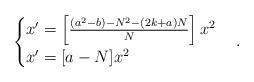
LaTeX: \begin{align*} \begin{cases}x'=\left[\frac{(a^2-b)-N^2-(2k+a)N}{N}\right]x^2\\x'=[a-N]x^2\end{cases}.\end{align*}